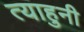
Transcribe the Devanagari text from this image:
त्याहुनी